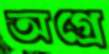
অগ্রে